Vaccine operations Central Provinces 1886-1899 - 1886-1899
Year: 1886
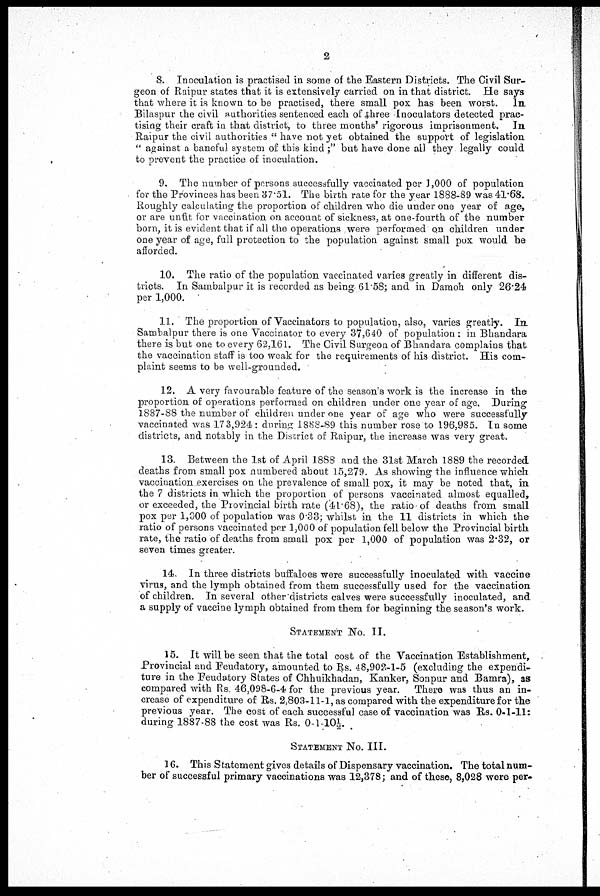
2
8. Inoculation is practised in some of the Eastern Districts. The Civil Sur-
geon of Raipur states that it is extensively carried on in that district. He says
that where it is known to be practised, there small pox has been worst. In
Bilaspur the civil authorities sentenced each of three Inoculators detected prac-
tising their craft in that district, to three months' rigorous imprisonment. In
Raipur the civil authorities " have not yet obtained the support of legislation
" against a baneful system of this kind ;" but have done all they legally could
to prevent the practice of inoculation.
9. The number of persons successfully vaccinated per 1,000 of population
for the Provinces has been 37.51. The birth rate for the year 1888-89 was 41.68.
Roughly calculating the proportion of children who die under one year of age,
or are unfit for vaccination on account of sickness, at one-fourth of the number
born, it is evident that if all the operations were performed on children under
one year of age, full protection to the population against small pox would be
afforded.
10. The ratio of the population vaccinated varies greatly in different dis-
tricts. In Sambalpur it is recorded as being 61.58; and in Damoh only 26.24
per 1,000.
11. The proportion of Vaccinators to population, also, varies greatly. In.
Sambalpur there is one Vaccinator to every 37,640 of population : in Bhandara
there is but one to every 62,161. The Civil Surgeon of Bhandara complains that
the vaccination staff is too weak for the requirements of his district. His com-
plaint seems to be well-grounded.
12. A very favourable feature of the season's work is the increase in the
proportion of operations performed on children under one year of age. During
1887-88 the number of children under one year of age who were successfully
vaccinated was 173,924: during 1888-89 this number rose to 196,985. In some
districts, and notably in the District of Raipur, the increase was very great.
13. Between the 1st of April 1888 and the 31st March 1889 the recorded
deaths from small pox numbered about 15,279. As showing the influence which
vaccination exercises on the prevalence of small pox, it may be noted that, in
the 7 districts in which the proportion of persons vaccinated almost equalled,
or exceeded, the Provincial birth rate (41.68), the ratio of deaths from small
pox per 1,000 of population was 0.33; whilst in the 11 districts in which the
ratio of persons vaccinated per 1,000 of population fell below the Provincial birth
rate, the ratio of deaths from small pox per 1,000 of population was 2.32, or
seven times greater.
14. In three districts buffaloes were successfully inoculated with vaccine
virus, and the lymph obtained from them successfully used for the vaccination
of children. In several other districts calves were successfully inoculated, and
a supply of vaccine lymph obtained from them for beginning the season's work.
STATEMENT No. II.
15. It will be seen that the total cost of the Vaccination Establishment,
Provincial and Feudatory, amounted to Rs. 48,902-1-5 (excluding the expendi-
ture in the Feudatory States of Chhuikhadan, Kanker, Sonpur and Bamra), as
compared with Rs 46,098-6-4 for the previous year. There was thus an in-
crease of expenditure of Rs. 2,803-11-1, as compared with the expenditure for the
previous year. The cost of each successful case of vaccination was Rs. 0-1-11:
during 1887-88 the cost was Rs. 0-1-10 ½.
STATEMENT No. III.
16. This Statement gives details of Dispensary vaccination. The total num-
ber of successful primary vaccinations was 12,378; and of these, 8,028 were per¬